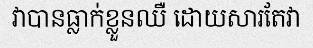
វាបានធ្លាក់ខ្លួនឈឺ ដោយសារតែវា